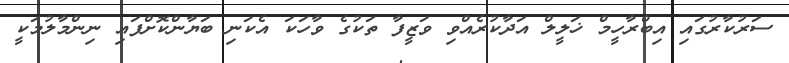
ސަރުކާރުގައި އިބްރާހީމް ޚަލީލް އަދާކުރެއްވި ވަޒީފާ ތަކުގެ ވާހަކަ އެކަނި ބަޔާންކޮށްފައި ނިންމާލުމަކީ